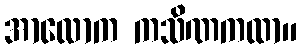
အာလောက ကသိဏကထာ။